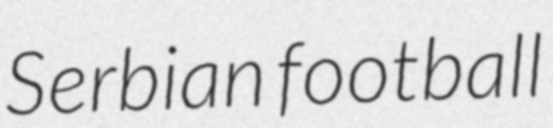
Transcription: Serbian football